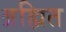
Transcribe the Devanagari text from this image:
ब्रह्मित